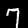
Label: 7